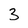
Character: 3